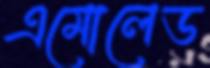
এমোলেড